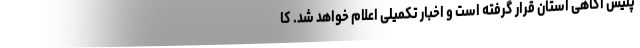
پلیس آگاهی استان قرار گرفته است و اخبار تکمیلی اعلام خواهد شد. کا